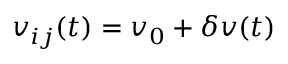
v _ { i j } ( t ) = v _ { 0 } + \delta v ( t )